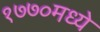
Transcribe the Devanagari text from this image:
१७७०मध्ये